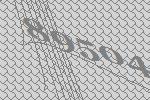
89504